Lunatic asylums Madras 1877-1891 - 1877-1891
Year: 1877
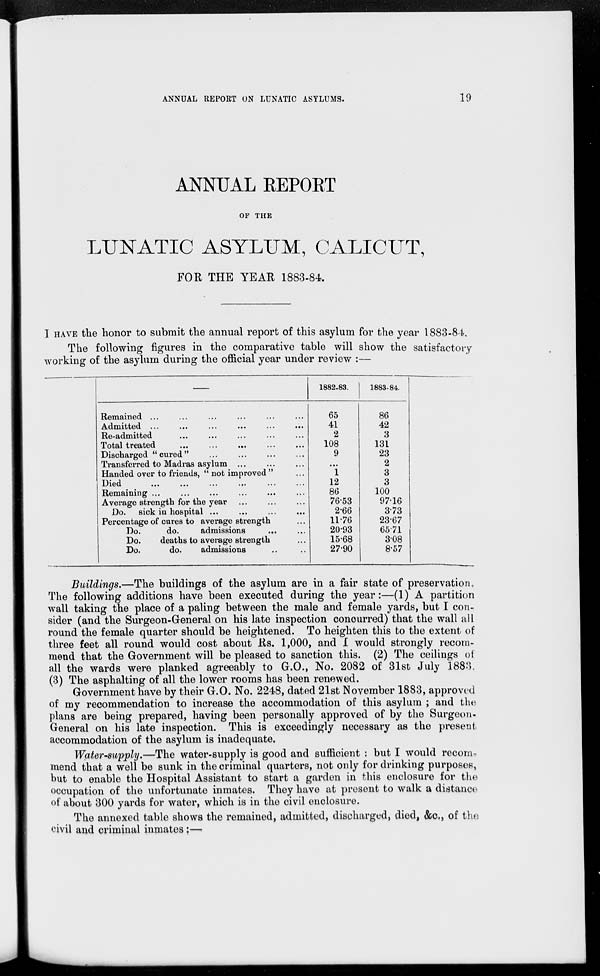
ANNUAL REPORT ON LUNATIC ASYLUMS.
19
ANNUAL REPORT
OF THE
LUNATIC ASYLUM, CALICUT,
FOR THE YEAR 1883-84.
I HAVE the honor to submit the annual report of this asylum for the year 1883-84.
The following figures in the comparative table will show the satisfactory
working of the asylum during the official year under review :—
Remained ... ... ... ... ... ...
Admitted ... ... ... ... ... ...
Re-admitted ... ... ... ... ...
Total treated... ... ... ... ...
Discharged "cured"
Transferred to Madras asylum ... ...
Handed over to friends, " not improved "
Died ... ... ... ... ... ...
Remaining ... ... ... ... ...
Average strength for the year... ... ...
Do. sick in hospital ... ... ...
Percentage of cures to average strength...
Do.
do.
admissions ... ...
Do.
deaths to average strength...
Do.
do. admissions.. ..
1882-83.
65
41
2
108
9
...
1
12
86
76.53
2.66
11.76
20.93
15.68
27.90
1883-84.
86
42
3
131
23
2
3
3
100
97.16
3.73
23.67
65.71
3.08
8.57
Buildings.—The buildings of the asylum are in a fair state of preservation.
The following additions have been executed during the year:—(1) A partition
wall taking the place of a paling between the male and female yards, but I con-
sider (and the Surgeon-General on his late inspection concurred) that the wall all
round the female quarter should be heightened. To heighten this to the extent of
three feet all round would cost about Rs. 1,000, and I would strongly recom-
mend that the Government will be pleased to sanction this. (2) The ceilings of
all the wards were planked agreeably to G.O., No. 2082 of 31st July 1883.
(3) The asphalting of all the lower rooms has been renewed.
Government have by their G.O. No. 2248, dated 21st November 1883, approved
of my recommendation to increase the accommodation of this asylum ; and the
plans are being prepared, having been personally approved of by the Surgeon-
General on his late inspection. This is exceedingly necessary as the present
accommodation of the asylum is inadequate.
Water-supply.—The water-supply is good and sufficient : but I would recom-
mend that a well be sunk in the criminal quarters, not only for drinking purposes,
but to enable the Hospital Assistant to start a garden in this enclosure for the
occupation of the unfortunate inmates. They have at present to walk a distance
of about 300 yards for water, which is in the civil enclosure.
The annexed table shows the remained, admitted, discharged, died, &c., of the
civil and criminal inmates:—